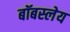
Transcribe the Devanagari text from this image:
बॉबस्लेय